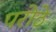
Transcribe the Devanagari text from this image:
परोठे